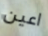
اعين